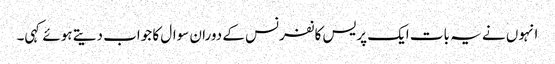
انہوں نے یہ بات ایک پریس کانفرنس کے دوران سوال کا جواب دیتے ہوئے کہی۔